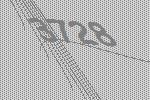
3728